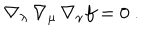
\nabla _ { \lambda } \, \nabla _ { \mu } \, \nabla _ { \nu } f = 0 \ .